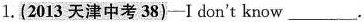
1. (2013天津中考38)—I don't know ___.